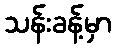
သန်းခန့်မှာ